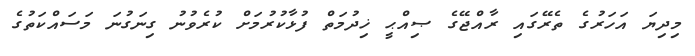
މިދިޔަ އަހަރުގެ ތެރޭގައި ރާއްޖޭގެ ޞިއްޙީ ޚިދުމަތް ފުޅާކުރުމަށް ކުރެވުނު ގިނަގުނަ މަސައްކަތުގެ